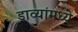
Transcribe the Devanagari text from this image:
डाव्यांमध्ये